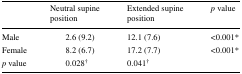
<table><thead><tr><td></td><td><b>Neutral supine position</b></td><td><b>Extended supine position</b></td><td><b><i>p</i> value</b></td></tr></thead><tbody><tr><td>Male</td><td>2.6 (9.2)</td><td>12.1 (7.6)</td><td>&lt;0.001*</td></tr><tr><td>Female</td><td>8.2 (6.7)</td><td>17.2 (7.7)</td><td>&lt;0.001*</td></tr><tr><td><i>p</i> value</td><td>0.028<sup>†</sup></td><td>0.041<sup>†</sup></td><td></td></tr></tbody></table>